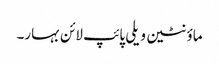
ماؤنٹین ویلی پائپ لائن بہار۔